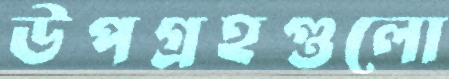
উপগ্রহগুলো